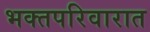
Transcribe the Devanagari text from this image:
भक्तपरिवारात